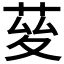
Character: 𦯩